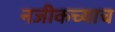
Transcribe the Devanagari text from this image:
नजीकच्याच